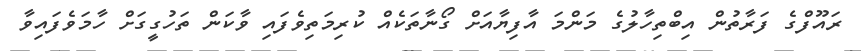
ރައޫފްގެ ފަރާތުން އިބްތިހާލުގެ މަންމަ އާފިޔާއަށް ގޯނާތަކެއް ކުރިމަތިވެފައި ވާކަން ތަހުގީގަށް ހާމަވެފައިވާ